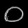
Digit: ၀